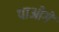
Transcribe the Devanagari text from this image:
पाओगें